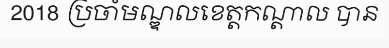
2018 ប្រចាំមណ្ឌលខេត្តកណ្តាល បាន